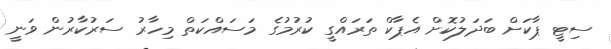
ސިޓީ ޕާކަށް ބަދަލުކޮށް އެޕާކް ތަރައްގީ ކުރުމުގެ މަސައްކަތް މިހާރު ސަރުކާރުން ވަނީ